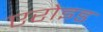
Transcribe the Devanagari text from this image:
एरोइड